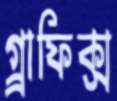
গ্র্রাফিক্স